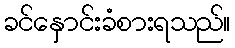
ခင်နှောင်းခံစားရသည်။